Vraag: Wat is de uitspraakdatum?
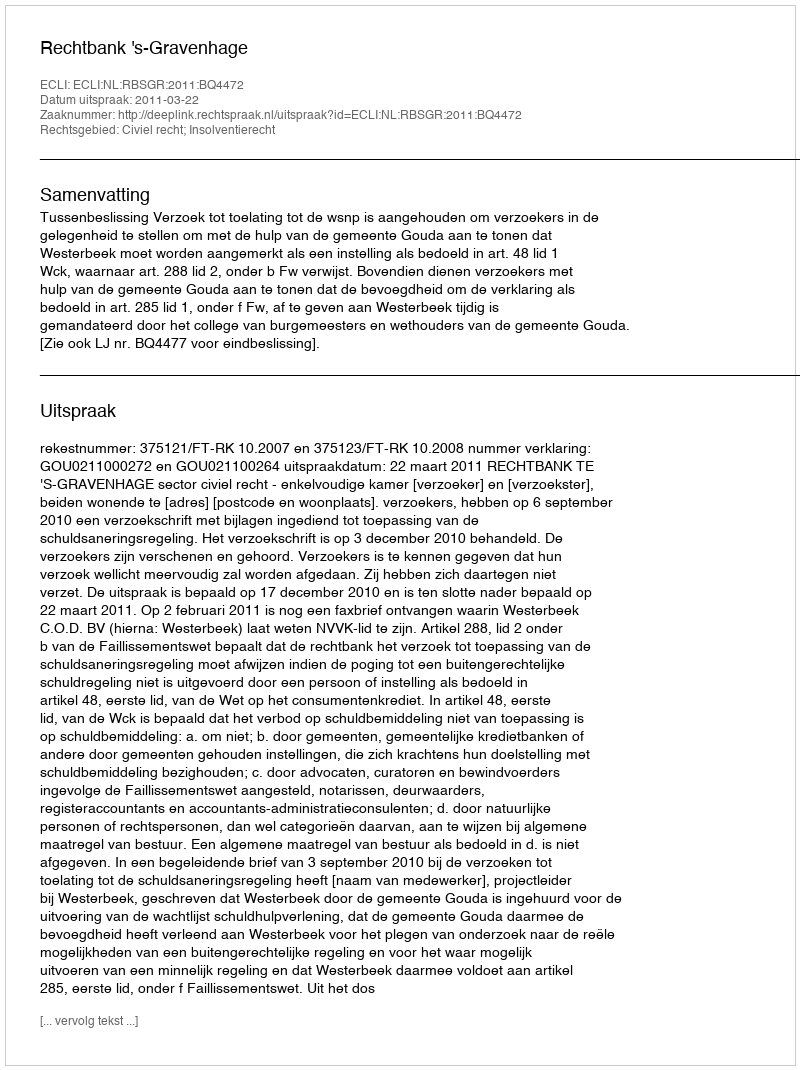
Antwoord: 2011-03-22